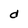
Character: d